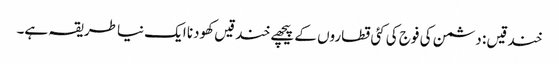
خندقیں : دشمن کی فوج کی کئی قطاروں کے پیچھے خندقیں کھودنا ایک نیا طریقہ ہے۔